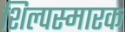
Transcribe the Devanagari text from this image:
शिल्पस्मारक